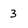
Character: 3